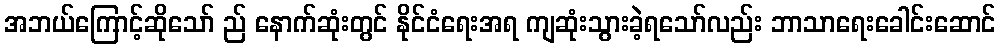
အဘယ်ကြောင့်ဆိုသော် ည် နောက်ဆုံးတွင် နိုင်ငံရေးအရ ကျဆုံးသွားခဲ့ရသော်လည်း ဘာသာရေးခေါင်းဆောင်